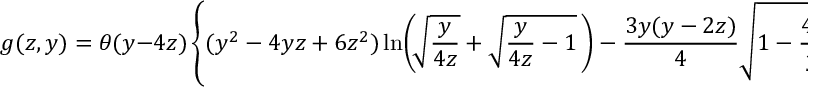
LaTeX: g ( z , y ) = \theta ( y - 4 z ) \left\{ ( y ^ { 2 } - 4 y z + 6 z ^ { 2 } ) \ln \! \left( \! \sqrt { \frac { y } { 4 z } } + \sqrt { \frac { y } { 4 z } - 1 } \, \right) - \frac { 3 y ( y - 2 z ) } { 4 } \sqrt { 1 - \frac { 4 z } { y } } \right\} \, .